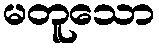
မတူသော